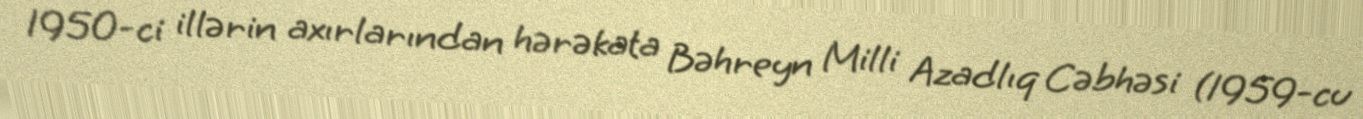
1950-ci illərin axırlarından hərəkata Bəhreyn Milli Azadlıq Cəbhəsi (1959-cu